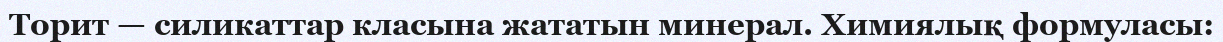
Торит — силикаттар класына жататын минерал. Химиялық формуласы: